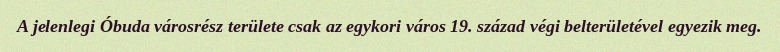
A jelenlegi Óbuda városrész területe csak az egykori város 19. század végi belterületével egyezik meg.